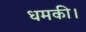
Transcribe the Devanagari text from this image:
धमकी।